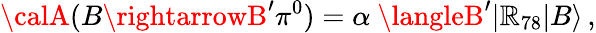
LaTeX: {\calA}(B\rightarrowB^{\prime}\pi^{0})=\alpha\ \langleB^{\prime}|\mathbb{R}_{78}|B\rangle\, ,